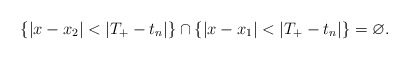
\begin{align*}\{ |x - x_2| < |T_+ - t_n| \} \cap \{ |x - x_1| < |T_+ - t_n| \} = \varnothing. \end{align*}